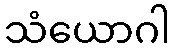
သံယောဂါ